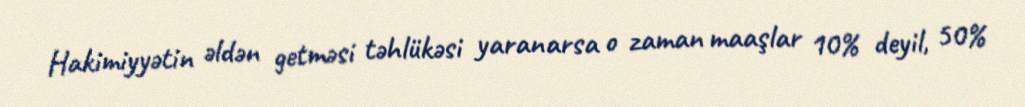
Hakimiyyətin əldən getməsi təhlükəsi yaranarsa o zaman maaşlar 10% deyil, 50%